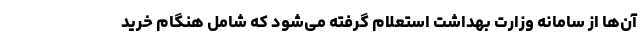
آن‌ها از سامانه وزارت بهداشت استعلام گرفته می‌شود که شامل هنگام خرید